Vaccination United Provinces of Agra and Oudh 1923-1928 - 1923-1928
Year: 1923
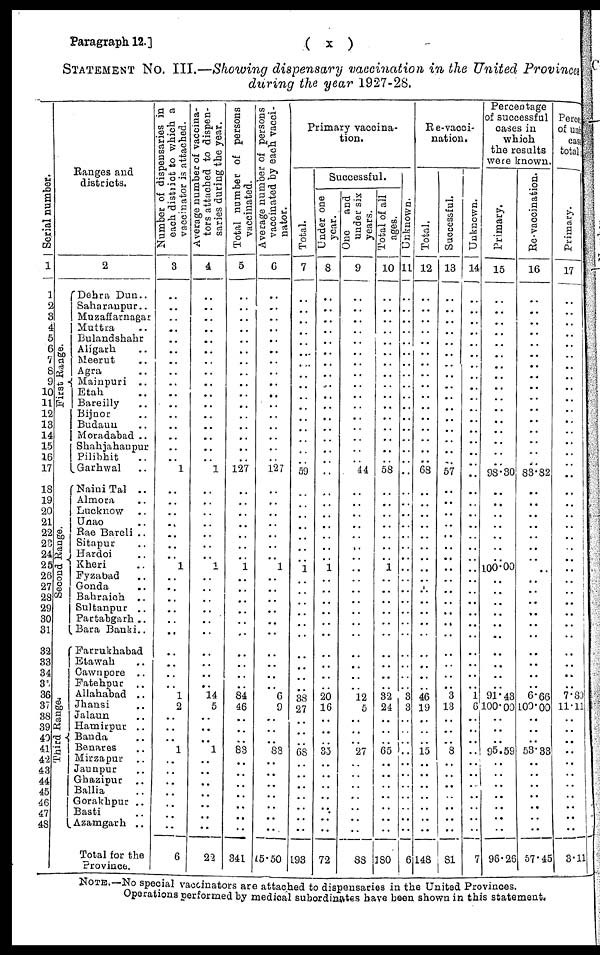
Paragraph. 12.]
( x )
STATEMENT No. III.—Showing dispensary vaccination in the United Provinces
during the year 1927-28.
Serial number.
1
1
2
3
4
5
6
7
8
9
10
11
12
13
14
15
16
17
18
19
20
21
22
23
24
25
26
27
28
29
30
31
32
33
34
35
36
37
38
39
40
41
42
43
44
45
46
47
48
Ranges and
districts.
2
First Range.
Second Range.
Third Range.
Dehra Dun ..
Saharanpur ..
Muzaffarnagar
Muttra ..
Bulandshahr ..
Aligarh ..
Meerut ..
Agra ..
Mainpuri ..
Etah ..
Bareilly ..
Bijnor ..
Budaun ..
Moradabad ..
Shahjahanpur
Pilibhit ..
Garhwal ..
Naini Tal ..
Almora ..
Lucknow ..
Unao ..
Rae Bareli ..
Sitapur ..
Hardoi ..
Kheri ..
Fyzabad ..
Gonda ..
Bahraich ..
Sultanpur ..
Partabgarh ..
Bara Banki ..
Farrukhabad ..
Etawah ..
Cawnpore ..
Fatehpur ..
Allahabad ..
Jhansi ..
Jalaun ..
Hamirpur ..
Banda ..
Benares ..
Mirzapur ..
Jaunpur ..
Ghazipur ..
Ballia ..
Gorakhpur ..
Basti ..
Azamgarh ..
Total for the
Province.
Number of dispensaries in
each district to which a
vaccinator is attached.
3
..
..
..
..
..
..
..
..
..
..
..
..
..
..
..
.. 1
..
..
..
..
..
..
..
1
..
..
..
..
..
..
..
..
..
..
1
2
..
..
..
1
..
..
..
..
..
..
..
6
Average number of vaccina¬
tors attached to dispen-
saries during the year.
4
..
..
..
..
..
..
..
..
..
..
..
..
..
..
..
.. 1
..
..
..
..
..
..
..
1
..
..
..
..
..
..
..
..
..
..
14
5
..
..
..
1
..
..
..
..
..
..
..
22
Total number of persons
vaccinated.
5
..
..
..
..
..
..
..
..
..
..
..
..
..
..
..
.. 127
..
..
..
..
..
..
..
1
..
..
..
..
..
..
..
..
..
..
84
46
..
..
..
83
..
..
..
..
..
..
..
341
Average number of persons
vaccinated by each vacci-
nator.
6
..
..
..
..
..
..
..
..
..
..
..
..
..
..
..
.. 127
..
..
..
..
..
..
..
1
..
..
..
..
..
..
..
..
..
..
6
9
..
..
..
83
..
..
..
..
..
..
..
15.50
Primary vaccina¬
tion.
Total.
7
..
..
..
..
..
..
..
..
..
..
..
..
..
..
..
..
59
..
..
..
..
..
..
..
1
..
..
..
..
..
..
..
..
..
..
38
27
..
..
..
68
..
..
..
..
..
..
..
193
Successful.
Under one
year.
8
..
..
..
..
..
..
..
..
..
..
..
..
..
..
..
..
..
..
..
..
..
..
..
..
1
..
..
..
..
..
..
..
..
..
..
20
16
..
..
..
35
..
..
..
..
..
..
..
72
One
and
under six
years.
9
..
..
..
..
..
..
..
..
..
..
..
..
..
..
..
..
44
..
..
..
..
..
..
..
..
..
..
..
..
..
..
..
..
..
..
12
5
..
..
..
27
..
..
..
..
..
..
..
88
Total of all
ages.
10
..
..
..
..
..
..
..
..
..
..
..
..
..
..
..
..
58
..
..
..
..
..
..
..
1
..
..
..
..
..
..
..
..
..
..
32
24
..
..
..
65
..
..
..
..
..
..
..
180
Unknown.
11
..
..
..
..
..
..
..
..
..
..
..
..
..
..
..
..
..
..
..
..
..
..
..
..
..
..
..
..
..
..
..
..
..
..
..
3
3
..
..
..
..
..
..
..
..
..
..
..
6
Re-vacci¬
nation.
Total.
12
..
..
..
..
..
..
..
..
..
..
..
..
..
..
..
..
68
..
..
..
..
..
..
..
..
..
..
..
..
..
..
..
..
..
..
46
19
..
..
..
15
..
..
..
..
..
..
..
148
Successful.
13
..
..
..
..
..
..
..
..
..
..
..
..
..
..
..
..
57
..
..
..
..
..
..
..
..
..
..
..
..
..
..
..
..
..
..
3
13
..
..
..
8
..
..
..
..
..
..
..
81
Unknown.
14
..
..
..
..
..
..
..
..
..
..
..
..
..
..
..
..
..
..
..
..
..
..
..
..
..
..
..
..
..
..
..
..
..
..
..
1
6
..
..
..
..
..
..
..
..
..
..
7
Percentage
of successful
cases in
which
the results
were known.
Primary.
15
..
..
..
..
..
..
..
..
..
..
..
..
..
..
..
..
98.30
..
..
..
..
..
..
..
100.00
..
..
..
..
..
..
..
..
..
..
91.43
100.00
..
..
..
95.59
..
..
..
..
..
..
..
96.26
Re-vaccination.
16
..
..
..
..
..
..
..
..
..
..
..
..
..
..
..
..
83.82
..
..
..
..
..
..
..
..
..
..
..
..
..
..
..
..
..
..
6.66
100.00
..
..
..
53.33
..
..
.. ..
..
..
..
57.45
Perce
of uns
case
total
Primary.
17
..
..
..
..
..
..
..
..
..
..
..
..
..
..
..
..
..
..
..
..
..
..
..
..
..
..
..
..
..
..
..
..
..
..
7.89
11.11
..
..
..
..
..
..
..
..
..
..
..
3.11
NOTE.—No special vaccinators are attached to dispensaries in the United Provinces.
Operations performed by medical subordinates have been shown in this statement.